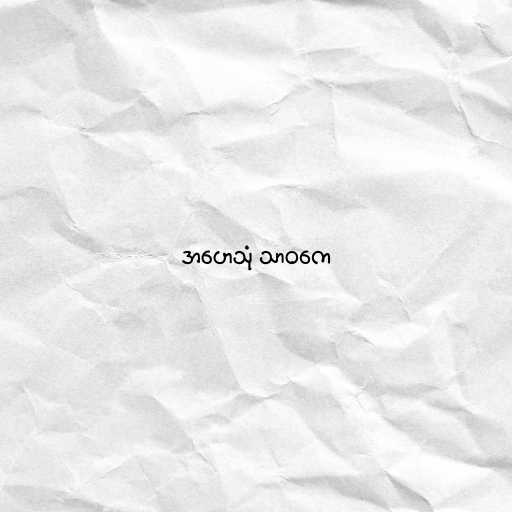
အဟေသုံ သာဝကေ